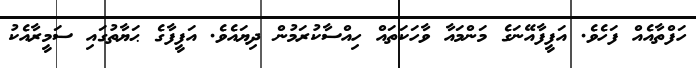
ހަފްތާއެއް ފަހެވެ. އަފީފާއޭނަގެ މަންމައާ ވާހަކަތައް ހިއްސާކުރަމުން ދިޔައެވެ. އަފީފާގެ ޙަޔާތުގައި ސަމީރާއެކު